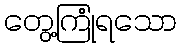
တွေ့ကြုံရသော